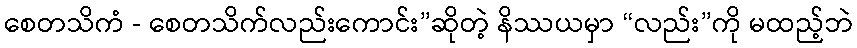
စေတသိကံ - စေတသိက်လည်းကောင်း”ဆိုတဲ့ နိဿယမှာ “လည်း”ကို မထည့်ဘဲ